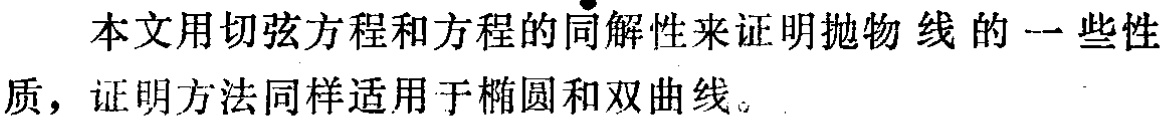
本文用切弦方程和方程的同解性来证明抛物线的一些性质，证明方法同样适用于椭圆和双曲线。